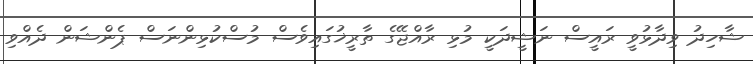
ޝާހިދު ވިދާޅުވީ ރައީސް ނަޝީދަކީ މުޅި ރާއްޖޭގެ ތާރީޚުގައިވެސް މުސްކުޅިންނަސް ޕެންޝަން ދެއްވި